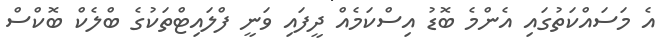
އެ މަސައްކަތުގައި އެންމެ ބޮޑު އިސްކަމެއް ދީފައި ވަނީ ފްލައިޓްތަކުގެ ބްލެކް ބޮކްސް